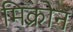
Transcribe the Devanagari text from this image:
मिक्रोन